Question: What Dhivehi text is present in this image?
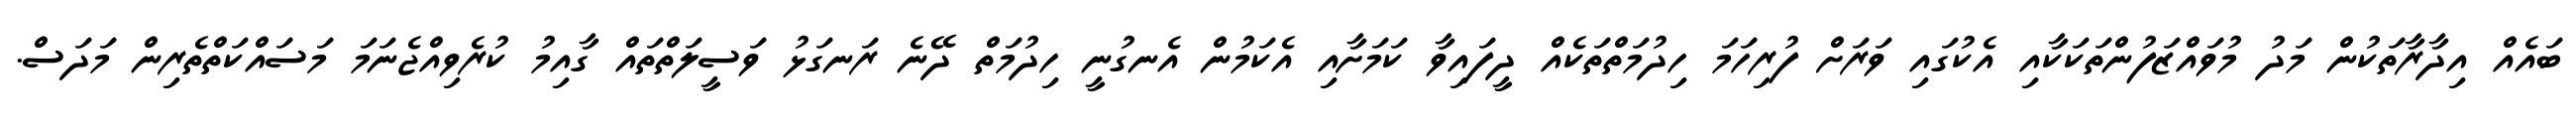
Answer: ބައެއް އިދާރާތަކުން މަދު މުވައްޒަފުންތަކަކާއި އެކުގައި ވަރަށް ފުރިހަމަ ހިދުމަތްތަކެއް ދީފައިވާ ކަމަށާއި އެކަމުން އެނގުނީ ހިދުމަތް ދޭނެ ރަނގަޅު ވަސީލަތްތައް ގާއިމު ކުރެވިއްޖެނަމަ މަސައްކަތްތެރިން މަދަސް.